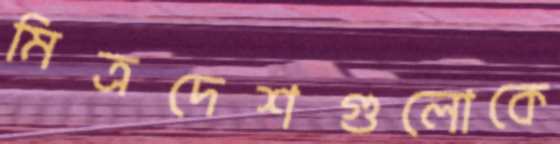
মিত্রদেশগুলোকে